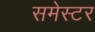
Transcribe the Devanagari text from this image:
समेस्टर